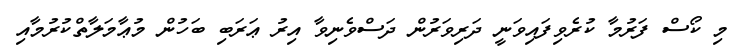
މި ކޯސް ފަރުމާ ކުރެވިފައިވަނީ ދަރިވަރުން ދަސްވެނިވާ އިރު ޢަރަބި ބަހުން މުޢާމަލާތްކުރުމާއި